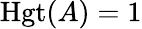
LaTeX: \operatorname{Hgt}(A)=1